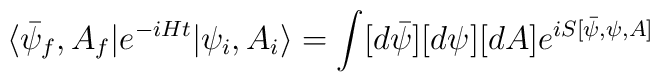
\langle \bar{\psi}_f,A_f| e^{-iHt}| \psi_i, A_i \rangle = \int [d \bar{\psi}] [d \psi] [dA] e^{i S[\bar{\psi}, \psi, A]}